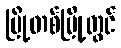
မြို့တစ်မြို့တွင်